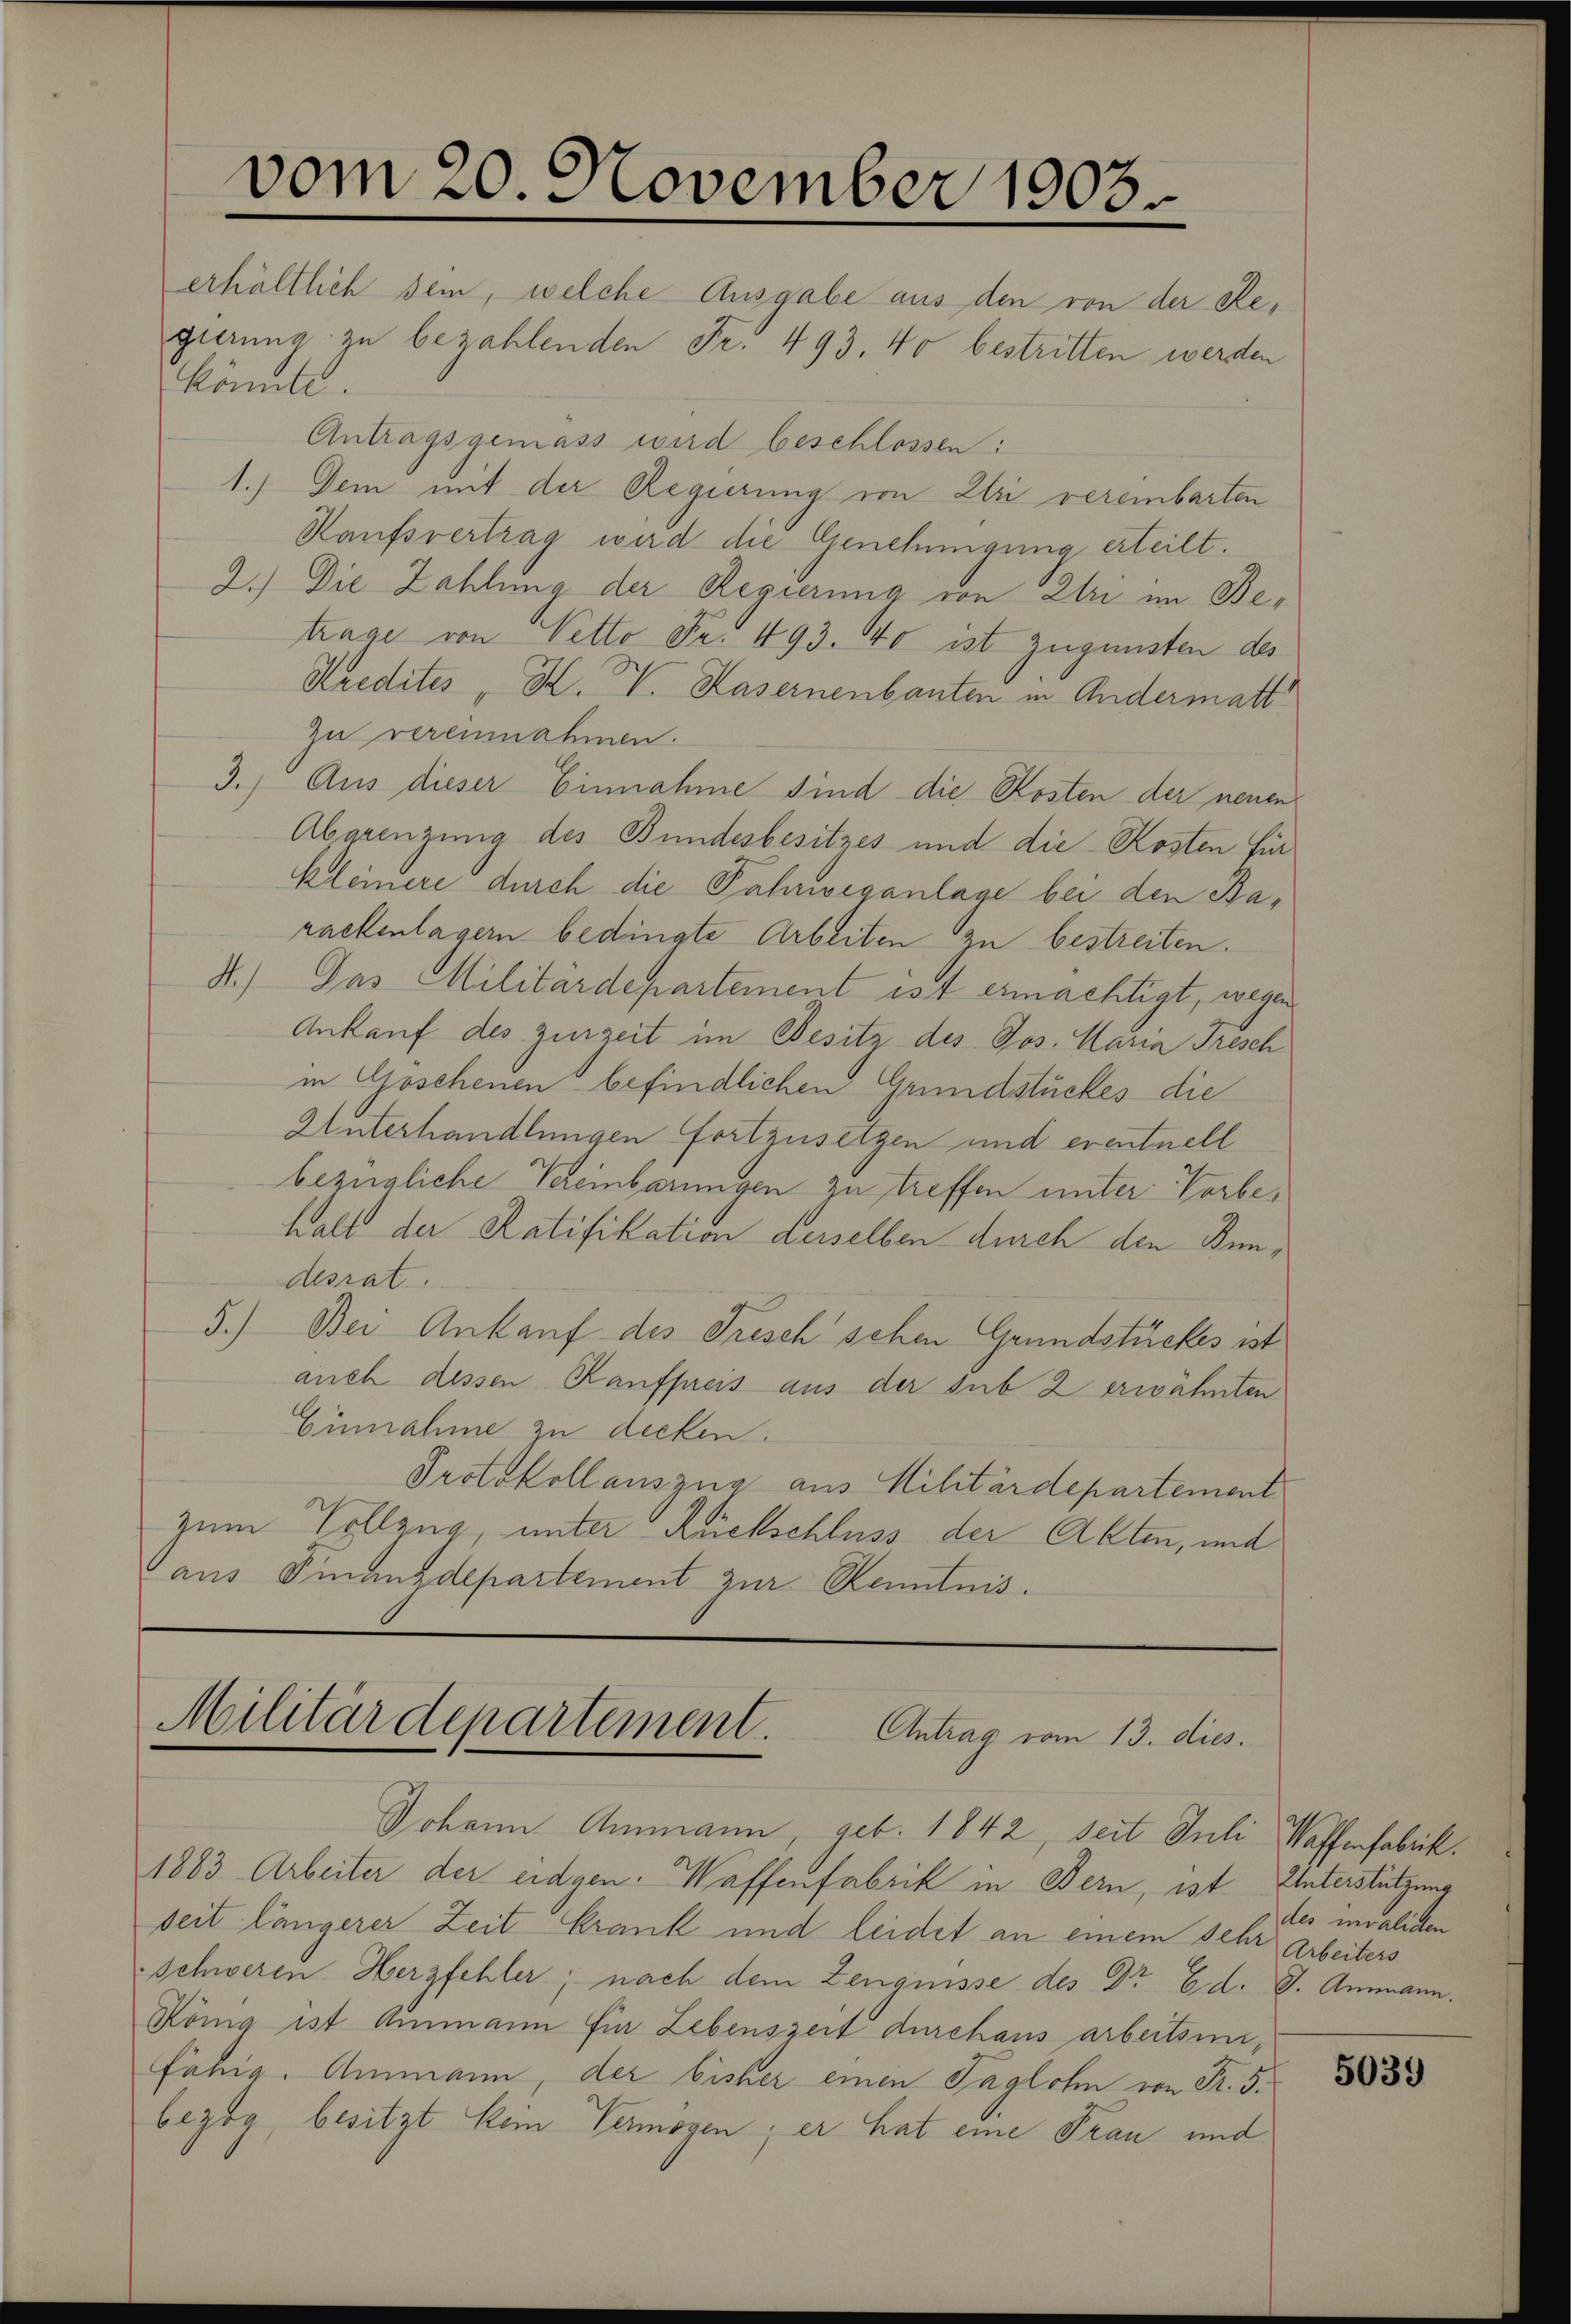
erhältlich sein, welche Ausgabe aus den von der Regierung zu bezahlenden Fr. 493. 40 bestritten werden
könnte.
Antragsgemäss wird beschlossen:
1.) Dem mit der Regierung von Uri vereinbarten
Kaufsvertrag wird die Genehmigung erteilt.
2.) Die Zahlung der Regierung von Etri im Betrage von Netto Fr. 493. 40 ist zugunsten des
Kredites , K. V. Kasernenbauten in Andermatt
zu vereinnahmen.
3.) Aus dieser Einnahme sind die Kosten der neuen
Abgrenzung des Bundesbesitzes und die Kosten für
Kleinere durch die Fahrwveganlage bei den Barackenlagern bedingte Arbeiten zu bestreiten.
4.) Das Militärdepartement ist ermächtigt, wegen
Ankauf des zurzeit im Besitz des Jos. Maria Tresch
in Goschenen befindlichen Grundstückes die
Unterhandlungen fortzusetzen und eventuell
bezügliche Vereinbarungen zu treffen unter Vorbehalt der Ratifikation derselben durch den Bundesrat
5.) Bei Ankauf des Frisch schen Grundstückes ist
auch dessen Kaufpreis aus der sub 2 erwähnten
Einnahme zu decken.
Protokollauszug aus Militärdepartement
zum Vollzug, unter Rückschluss der Akten, und
aus Finanzdepartement zur Kenntnis.

vom 20. November 1903.

Militärdepartement. Antrag vom 13. dies.
Johann Ammann, geb. 1842, seit Juli Waffenfabrik.

1883 Arbeiter der eidgen. Waffenfabrik in Bern, ist
seit längerer Zeit krank und leidet an einem sehr Arbeiters
schweren Herzfehler; nach dem Zeugnisse des Dr Ed. V. Ammann.
König ist Ammann für Lebenszeit durchaus arbeitsin
fähig. Ammann, der bisher einen Taglohn von Fr. 5.
bezog, besitzt kein Vermögen; er hat eine Frau und

Unterstützung
des invaliden

5039